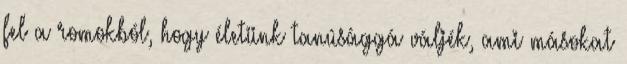
fel a romokból, hogy életünk tanúsággá váljék, ami másokat